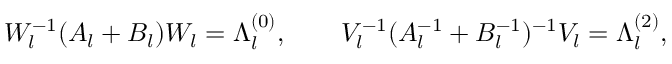
{ \cal W } _ { l } ^ { - 1 } ( A _ { l } + B _ { l } ) { \cal W } _ { l } = \Lambda _ { l } ^ { ( 0 ) } , \qquad { \cal V } _ { l } ^ { - 1 } ( A _ { l } ^ { - 1 } + B _ { l } ^ { - 1 } ) ^ { - 1 } { \cal V } _ { l } = \Lambda _ { l } ^ { ( 2 ) } ,